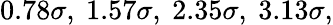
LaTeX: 0.78\sigma,~1.57\sigma,~2.35\sigma,~3.13\sigma,